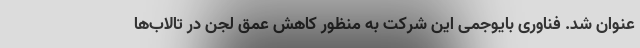
عنوان شد. فناوری بایوجمی این شرکت به منظور کاهش عمق لجن در تالاب‌ها